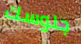
جلوسك